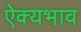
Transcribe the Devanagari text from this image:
ऐक्यभाव